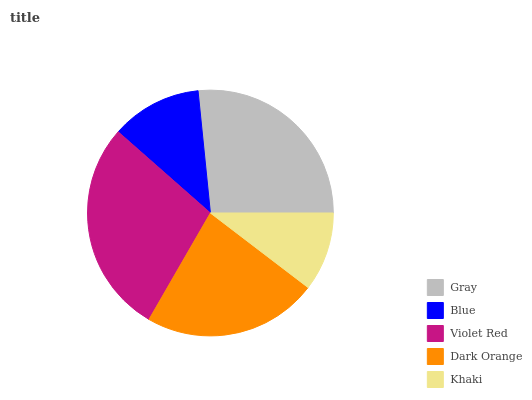
| Gray | Blue | Violet Red | Dark Orange | Khaki |
 | --- | --- | --- | --- | --- |
 | 26.6% | 11.9% | 28.2% | 22.9% | 10.4% |